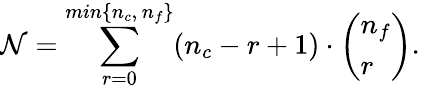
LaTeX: {\cal N}=\sum_{r=0}^{min\{ n_{c},\, n_{f}\} }(n_{c}-r+1)\cdot\left(\begin{array}{l}{{n_{f}}}\\ {{r}}\end{array}\right).\,